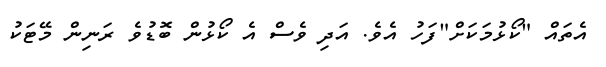
އެތައް "ކޯޅުމަކަށް"ފަހު އެވެ. އަދި ވެސް އެ ކޯޅުން ބޮޑުވެ ރަނިން މޭޓަކު